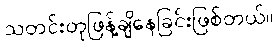
သတင်းတုဖြန့်ချိနေခြင်းဖြစ်တယ်။